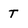
Character: T